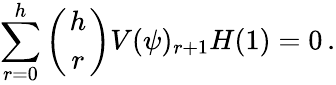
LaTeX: \sum_{r=0}^{h}\left({h\atop r}\right)V(\psi)_{r+1}H(1)=0\, .